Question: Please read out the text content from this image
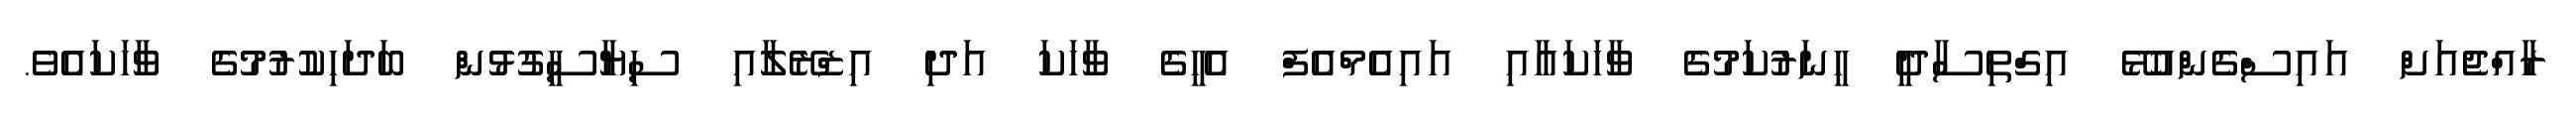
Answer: ރާއްޖެއަށް އައިސްގެންއުޅޭ އިގްތިސާދީ ހީނަރުކަމުގެ ވާހަކައާއި އައިއެމްއެފް އެހީގެ ވާހަކަ އަދި އިޒްރޭލާއި ސިޔާސީގުޅުން ބަދަހިކުރުމުގެ ވާހަކައެވެ.